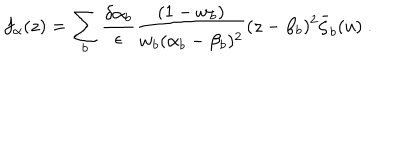
f _ { \alpha } ( z ) = \sum _ { b } \frac { \delta \alpha _ { b } } { \epsilon } \frac { ( 1 - w _ { b } ) } { w _ { b } ( \alpha _ { b } - \beta _ { b } ) ^ { 2 } } ( z - \beta _ { b } ) ^ { 2 } \bar { \zeta } _ { b } ( u ) \ .